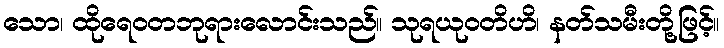
သော၊ ထိုရေဝတဘုရားလောင်းသည်။ သုရယုဝတိဟိ၊ နတ်သမီးတို့ဖြင့်။